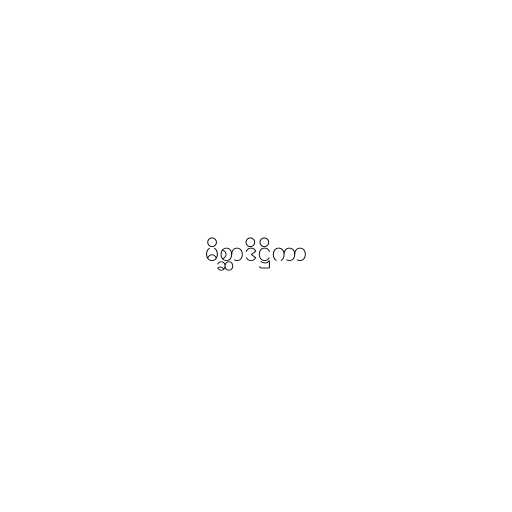
မိစ္ဆာဒိဋ္ဌိကာ